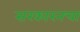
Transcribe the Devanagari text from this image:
सरकारनचा